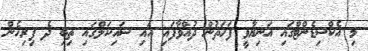
މި އެކްސިޑެންޓްގައި އަނިޔާވީ ފަހަތުން ދުއްވާފައި އައި ސައިކަލްގައި ތިބި ދެ ފިރިހެން